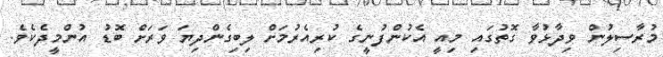
މުރާސިލުން ވިދާޅުވާ ގޮތުގައި މިއީ އެކުންފުނީގެ ކުރިއެރުމަށް ލިބިގެންދިޔަ ވަރަށް ބޮޑު އުންމީދެކެވެ.